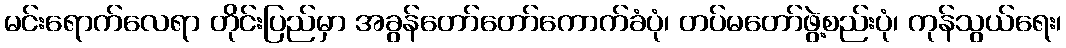
မင်းရောက်လေရာ တိုင်းပြည်မှာ အခွန်တော်တော်ကောက်ခံပုံ၊ တပ်မတော်ဖွဲ့စည်းပုံ၊ ကုန်သွယ်ရေး၊